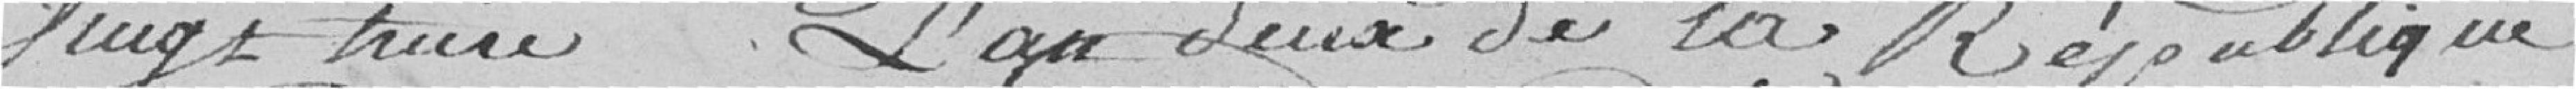
vingt treize, l'an deux de la République